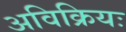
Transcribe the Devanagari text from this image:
अविक्रियः